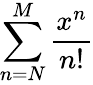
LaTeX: \sum_{n=N}^{M}{\frac{x^{n}}{n!}}